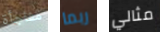
مفاجأة ربما مثالي